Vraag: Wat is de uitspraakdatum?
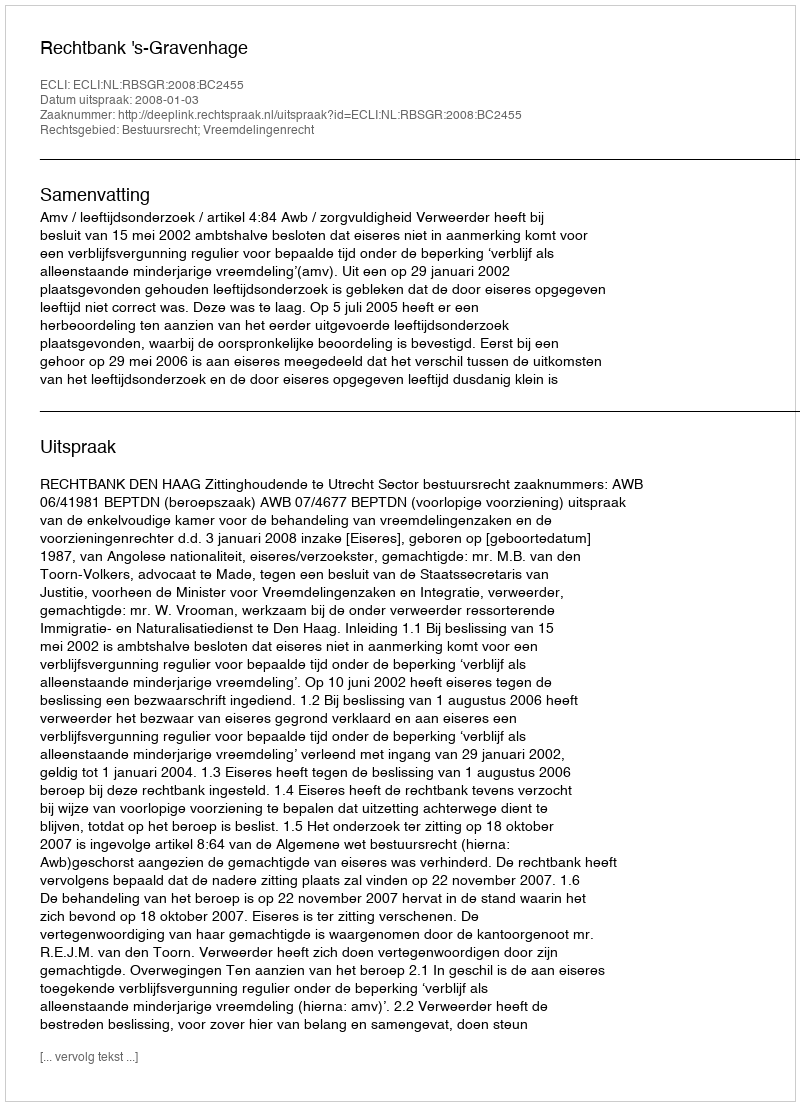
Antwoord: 2008-01-03